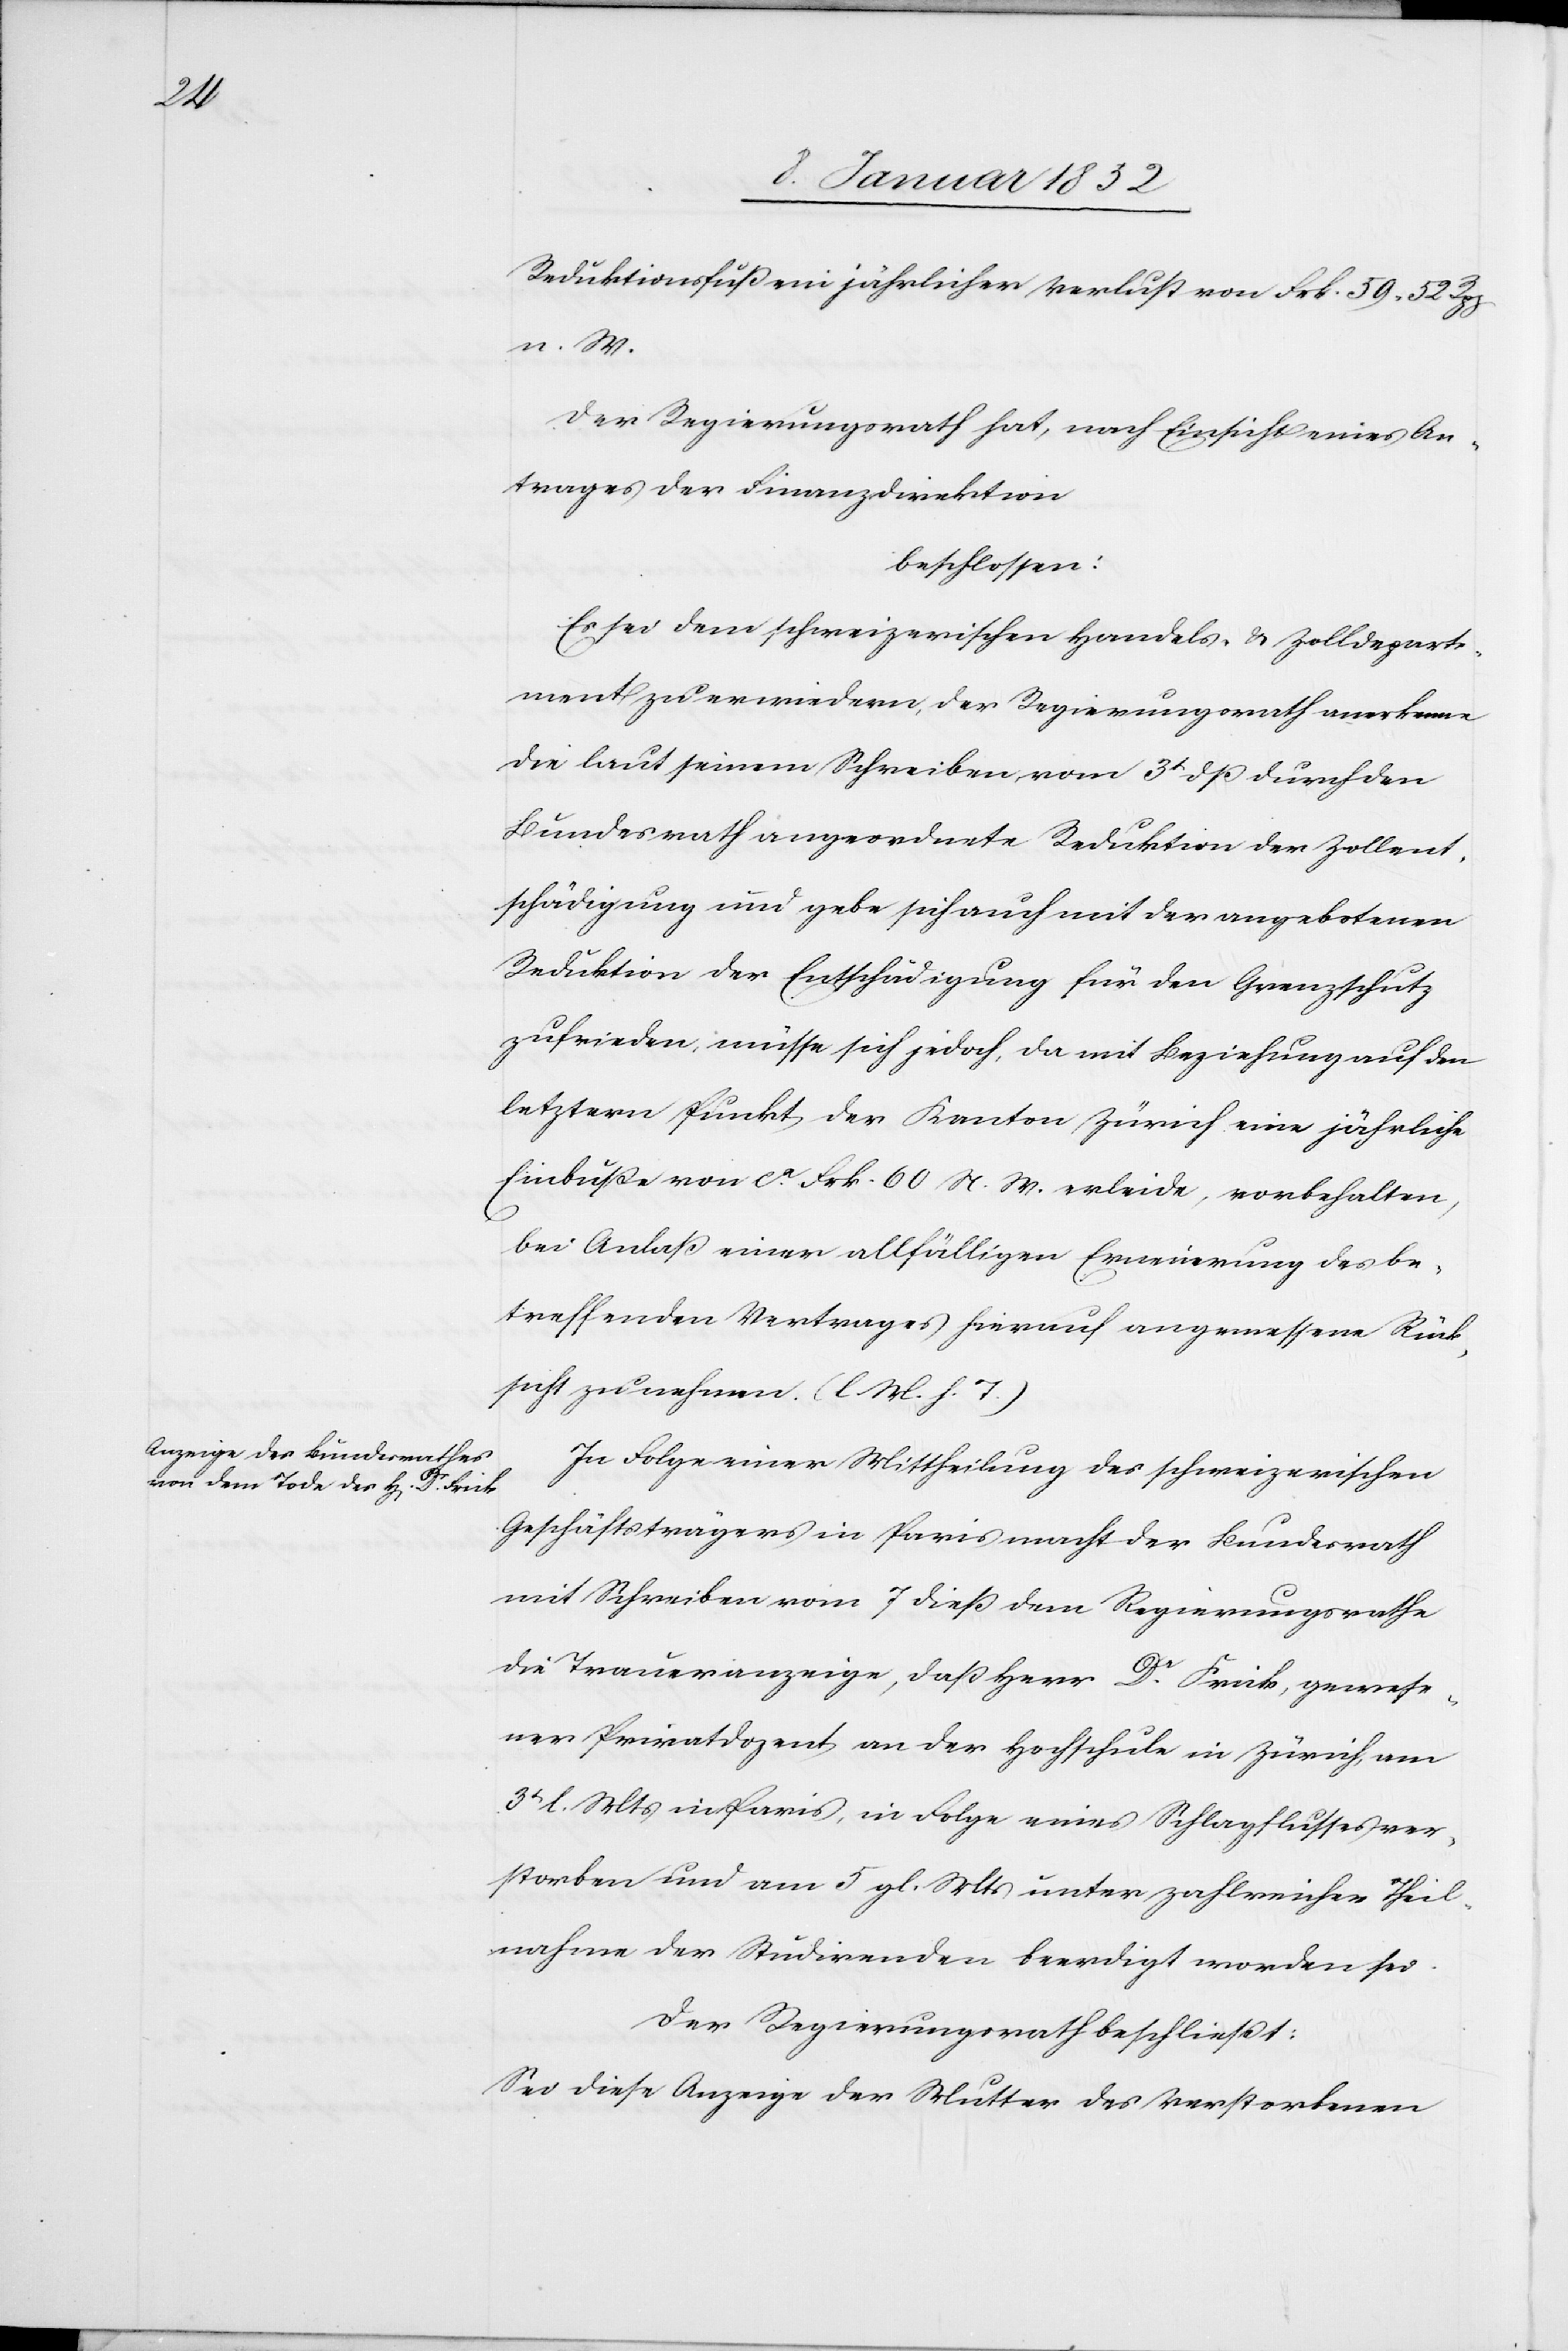
Reduktionsfuß ein jährlicher Verlust von Frk. 59. 52 Rpp
n. W.
Der Regierungsrath hat, nach Einsicht eines An¬
trages der Finanzdirektion
beschlossen:
Es sei dem schweizerischen Handels- u. Zolldeparte¬
ment zu erwiedern, der Regierungsrath anerkenne
die laut seinem Schreiben vom 3t dß durch den
Bundesrath angeordnete Reduktion der Zollent¬
schädigung und gebe sich auch mit der angebotenen
Reduktion der Entschädigung für den Grenzschutz
zufrieden, müsse sich jedoch, da mit Beziehung auf den
letztern Punkt der Kanton Zürich eine jährliche
Einbuße von ca Frk. 60 N. W. erleide, vorbehalten,
bei Anlaß einer allfälligen Erneuerung des be¬
treffenden Vertrages hierauf angemessene Rück¬
sicht zu nehmen. (l M. h. T.)
In Folge einer Mittheilung des schweizerischen
Geschäftsträgers in Paris macht der Bundesrath
mit Schreiben vom 7 dieß dem Regierungsrathe
die Traueranzeige, daß Herr Dr. Frick, gewese¬
ner Privatdozent an der Hochschule in Zürich, am
3t l. Mts in Paris, in Folge eines Schlagflusses ver¬
storben und am 5 gl. Mts unter zahlreicher Theil¬
nahme der Studirenden beerdigt worden sei.
Der Regierungsrath beschließt:
Sei diese Anzeige der Mutter des verstorbenen